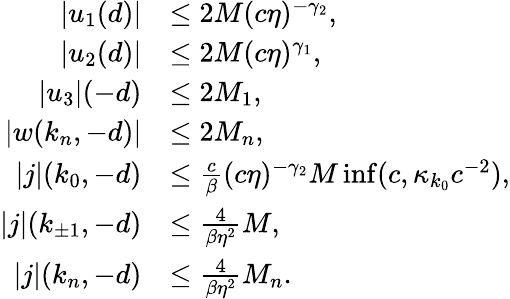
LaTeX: \begin{array}{rl}{|u_{1}(d)|}&{\le 2M(c\eta)^{-\gamma_{2}},}\\ {|u_{2}(d)|}&{\le 2M(c\eta)^{\gamma_{1}},}\\ {\vert u_{3}\vert(-d)}&{\le 2M_{1},}\\ {\vert w(k_{n},-d)\vert}&{\le 2M_{n},}\\ {\vert j\vert(k_{0},-d)}&{\le\frac c\beta(c\eta)^{-\gamma_{2}}M\operatorname*{inf}(c,\kappa_{k_{0}}c^{-2}),}\\ {\vert j\vert(k_{\pm 1},-d)}&{\le\frac 4{\beta\eta^{2}}M,}\\ {\vert j\vert(k_{n},-d)}&{\le\frac 4{\beta\eta^{2}}M_{n}.}\end{array}